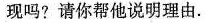
现吗? 请你帮他说明理由.